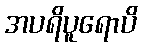
အပရိပူရောပိ